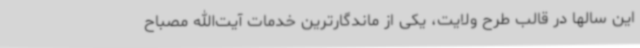
این سالها در قالب طرح ولایت، یکی از ماندگارترین خدمات آیت‌الله مصباح